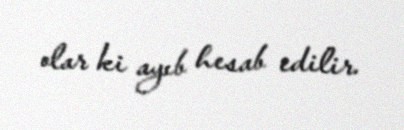
olar ki ayıb hesab edilir.